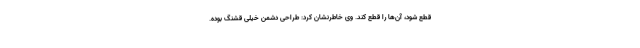
قطع شود، آن‌ها را قطع کند. وی خاطرنشان کرد: طراحی دشمن خیلی قشنگ بوده.